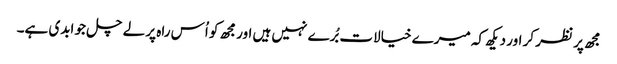
مجھ پر نظر کر اور دیکھ کہ میرے خیالات بُرے نہیں ہیں اور مجھ کو اُس راہ پر لے چل جو ابدی ہے۔